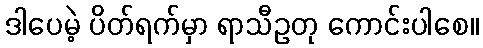
ဒါပေမဲ့ ပိတ်ရက်မှာ ရာသီဥတု ကောင်းပါစေ။